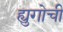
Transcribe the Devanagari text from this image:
ह्युगोची